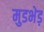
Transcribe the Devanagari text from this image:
मुडभेड़